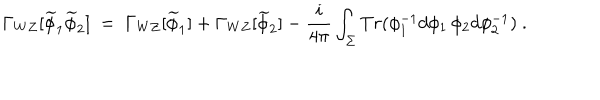
LaTeX: \Gamma _ { W Z } [ \widetilde { \phi } _ { 1 } \widetilde { \phi } _ { 2 } ] \ = \ \Gamma _ { W Z } [ \widetilde { \phi } _ { 1 } ] + \Gamma _ { W Z } [ \widetilde { \phi } _ { 2 } ] - \frac { i } { 4 \pi } \int _ { \Sigma } T r ( \phi _ { 1 } ^ { - 1 } d \phi _ { 1 } \, \phi _ { 2 } d \phi _ { 2 } ^ { - 1 } ) \ .